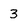
Character: 3